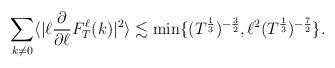
LaTeX: \begin{align*}\sum_{k\not=0}\langle|\ell\frac{\partial}{\partial\ell}F_T^\ell(k)|^2\rangle\lesssim\min\{(T^\frac{1}{3})^{-\frac{3}{2}},\ell^2(T^\frac{1}{3})^{-\frac{7}{2}}\}.\end{align*}